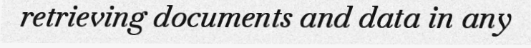
retrieving documents and data in any